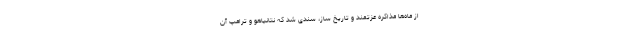
از ماه‌ها مذاکره عزتمند و تاریخ ساز، سندی شد که نتانیاهو و ترامپ آن